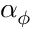
\alpha _ { \phi }